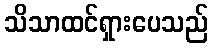
သိသာထင်ရှားပေသည်